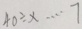
4 0 \div x \cdots 7